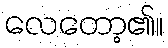
လေတော့၏။